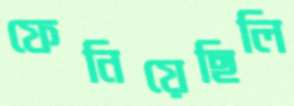
ফেনিয়েছিলি